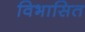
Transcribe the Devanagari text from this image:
विभासित